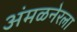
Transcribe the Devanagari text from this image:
अंमळनेरला